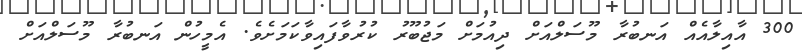
300 އާއިލާއެއް އަނބުރާ މޫސަލްއަށް ދިއުމަށް މަޖުބޫރު ކުރުވާފައިވާކަމަށެވެ. އެމީހުން އަނބުރާ މޫސަލްއަށް